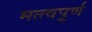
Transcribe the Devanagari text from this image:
मत्त्वपूर्र्ण